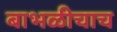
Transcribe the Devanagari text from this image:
बाभळीचाच